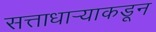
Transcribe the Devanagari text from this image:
सत्ताधाऱ्याकडून